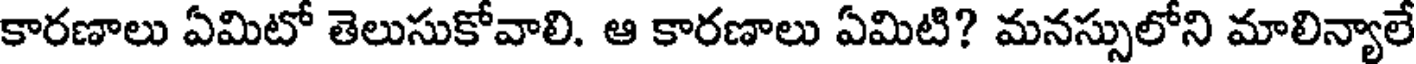
కారణాలు ఏమిటో తెలుసుకోవాలి. ఆ కారణాలు ఏమిటి? మనస్సులోని మాలిన్యాలే